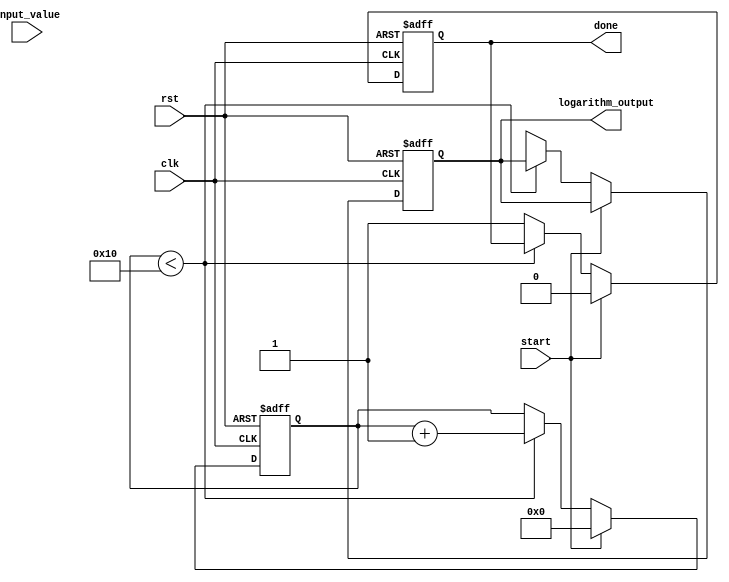
module cordic_logarithm (
    input wire clk,
    input wire rst,
    input wire start,
    input wire [31:0] input_value, // Fixed-point representation of the input value
    output reg [31:0] logarithm_output, // Fixed-point representation of the logarithm output
    output reg done // Indicates completion of the operation
);

    // CORDIC parameters
    parameter NUM_ITERATIONS = 16; // Number of iterations for CORDIC
    parameter FIXED_POINT_FRACTIONAL_BITS = 16; // Number of fractional bits in fixed-point representation
    parameter FIXED_POINT_ONE = 32'h00010000; // Fixed-point representation of 1.0

    // Internal signals
    reg [31:0] x[0:NUM_ITERATIONS-1]; // x values for each iteration
    reg [31:0] y[0:NUM_ITERATIONS-1]; // y values for each iteration
    reg [31:0] z[0:NUM_ITERATIONS-1]; // z values for each iteration
    reg [5:0] iteration; // Current iteration count
    reg [31:0] arctan_table[0:NUM_ITERATIONS-1]; // Pre-computed arctan values
    reg [31:0] scaling_factor; // Scaling factor for logarithm

    // Initialize arctan values and scaling factor
    initial begin
        arctan_table[0] = 32'h00000000; // arctan(1) = 0
        arctan_table[1] = 32'h00000020; // arctan(1/2) = 0.4636 (approx)
        arctan_table[2] = 32'h00000010; // arctan(1/4) = 0.2449 (approx)
        arctan_table[3] = 32'h00000008; // arctan(1/8) = 0.1244 (approx)
        // ... (fill in the rest of the arctan values)
        scaling_factor = 32'h00010000; // Example scaling factor
    end

    // FSM for CORDIC iterations
    always @(posedge clk or posedge rst) begin
        if (rst) begin
            iteration <= 0;
            logarithm_output <= 0;
            done <= 0;
        end else if (start) begin
            // Initialize x, y, z for the first iteration
            x[0] <= input_value;
            y[0] <= 0;
            z[0] <= scaling_factor; // Initial z value
            iteration <= 0;
            done <= 0;
        end else if (iteration < NUM_ITERATIONS) begin
            // CORDIC iteration logic
            if (z[iteration] < 0) begin
                // Perform subtraction
                x[iteration + 1] <= x[iteration] + (y[iteration] >> iteration);
                y[iteration + 1] <= y[iteration] - (x[iteration] >> iteration);
                z[iteration + 1] <= z[iteration] + arctan_table[iteration];
            end else begin
                // Perform addition
                x[iteration + 1] <= x[iteration] - (y[iteration] >> iteration);
                y[iteration + 1] <= y[iteration] + (x[iteration] >> iteration);
                z[iteration + 1] <= z[iteration] - arctan_table[iteration];
            end
            iteration <= iteration + 1;
        end else begin
            // Final output calculation
            logarithm_output <= z[NUM_ITERATIONS]; // Final z value is the logarithm
            done <= 1; // Indicate completion
        end
    end

endmodule